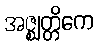
အဇ္ဈတ္တိကေ